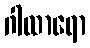
ဂါထာရော